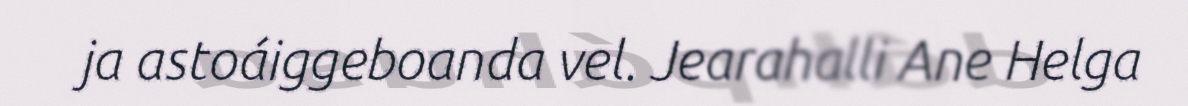
ja astoáiggeboanda vel. Jearahalli Ane Helga